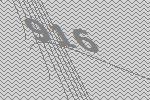
916